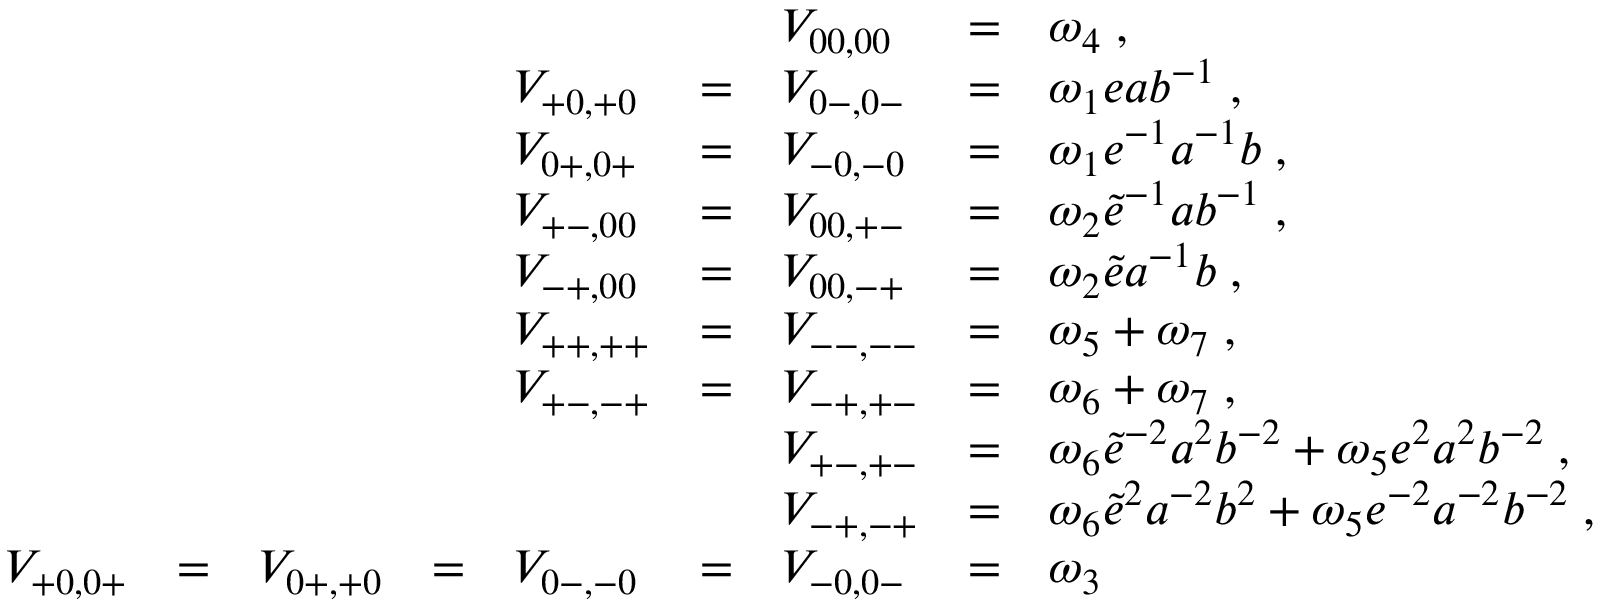
\begin{array} { l l l l l l l l l } { { } } & { { } } & { { } } & { { } } & { { } } & { { } } & { { V _ { 0 0 , 0 0 } } } & { { = } } & { { \omega _ { 4 } \; , } } \\ { { } } & { { } } & { { } } & { { } } & { { V _ { + 0 , + 0 } } } & { { = } } & { { V _ { 0 - , 0 - } } } & { { = } } & { { \omega _ { 1 } e a b ^ { - 1 } \; , } } \\ { { } } & { { } } & { { } } & { { } } & { { V _ { 0 + , 0 + } } } & { { = } } & { { V _ { - 0 , - 0 } } } & { { = } } & { { \omega _ { 1 } e ^ { - 1 } a ^ { - 1 } b \; , } } \\ { { } } & { { } } & { { } } & { { } } & { { V _ { + - , 0 0 } } } & { { = } } & { { V _ { 0 0 , + - } } } & { { = } } & { { \omega _ { 2 } \tilde { e } ^ { - 1 } a b ^ { - 1 } \; , } } \\ { { } } & { { } } & { { } } & { { } } & { { V _ { - + , 0 0 } } } & { { = } } & { { V _ { 0 0 , - + } } } & { { = } } & { { \omega _ { 2 } \tilde { e } a ^ { - 1 } b \; , } } \\ { { } } & { { } } & { { } } & { { } } & { { V _ { + + , + + } } } & { { = } } & { { V _ { -- , -- } } } & { { = } } & { { \omega _ { 5 } + \omega _ { 7 } \; , } } \\ { { } } & { { } } & { { } } & { { } } & { { V _ { + - , - + } } } & { { = } } & { { V _ { - + , + - } } } & { { = } } & { { \omega _ { 6 } + \omega _ { 7 } \; , } } \\ { { } } & { { } } & { { } } & { { } } & { { } } & { { } } & { { V _ { + - , + - } } } & { { = } } & { { \omega _ { 6 } \tilde { e } ^ { - 2 } a ^ { 2 } b ^ { - 2 } + \omega _ { 5 } e ^ { 2 } a ^ { 2 } b ^ { - 2 } \; , } } \\ { { } } & { { } } & { { } } & { { } } & { { } } & { { } } & { { V _ { - + , - + } } } & { { = } } & { { \omega _ { 6 } \tilde { e } ^ { 2 } a ^ { - 2 } b ^ { 2 } + \omega _ { 5 } e ^ { - 2 } a ^ { - 2 } b ^ { - 2 } \; , } } \\ { { V _ { + 0 , 0 + } } } & { { = } } & { { V _ { 0 + , + 0 } } } & { { = } } & { { V _ { 0 - , - 0 } } } & { { = } } & { { V _ { - 0 , 0 - } } } & { { = } } & { { \omega _ { 3 } } } \end{array}